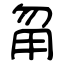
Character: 甮